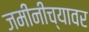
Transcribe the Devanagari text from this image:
जमीनीच्यावर